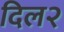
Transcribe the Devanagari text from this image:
दिल२